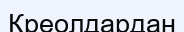
Креолдардан